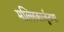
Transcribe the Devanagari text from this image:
मल्लिकार्जुनप्पा